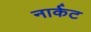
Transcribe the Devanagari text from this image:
नार्कट